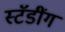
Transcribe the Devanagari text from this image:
स्टॅडींग